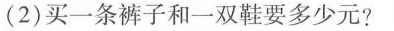
(2)买一条裤子和一双鞋要多少元?